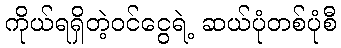
ကိုယ်ရရှိတဲ့ဝင်ငွေရဲ့ ဆယ်ပုံတစ်ပုံစီ